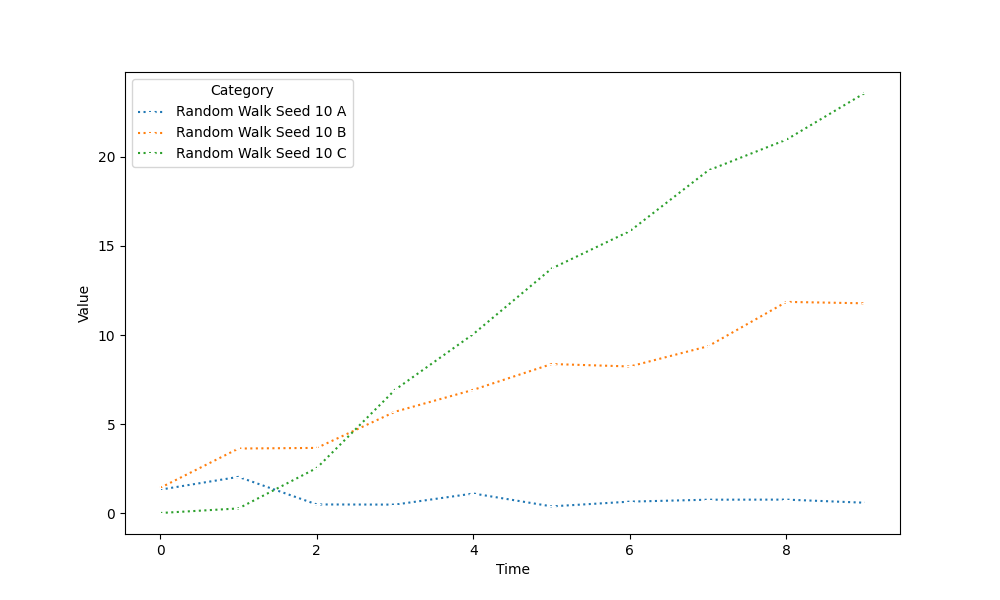
python, seaborn, lineplot, style='dotted', marker='+'